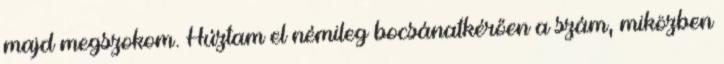
majd megszokom. Húztam el némileg bocsánatkérően a szám, miközben